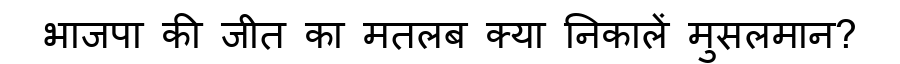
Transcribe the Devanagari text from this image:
भाजपा की जीत का मतलब क्या निकालें मुसलमान?